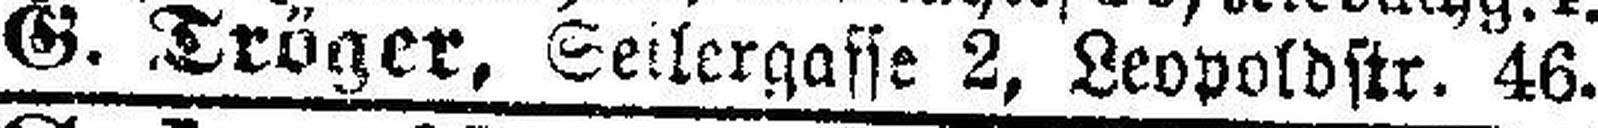
G. Tröger, Seilergasse 2, Leopoldstr. 46.